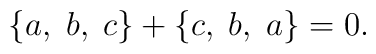
\{a,\;b,\;c\}+\{c,\;b,\;a\}=0.